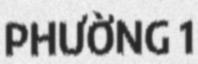
PHƯỜNG 1